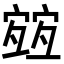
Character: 𡪀